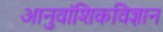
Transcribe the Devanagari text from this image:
आनुवांशिकविज्ञान